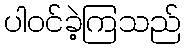
ပါဝင်ခဲ့ကြသည်